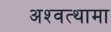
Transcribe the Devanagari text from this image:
अश्‍वत्थामा